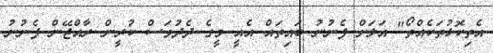
އެތިކޮޅުތަކެއްތޯ" އަލަށް ފެނުނު ބައިތައް އެއީ މީގެ ދެދުވަސް ކުރީން ރާއްޖޭން ފެނުނު